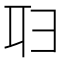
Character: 𠨔